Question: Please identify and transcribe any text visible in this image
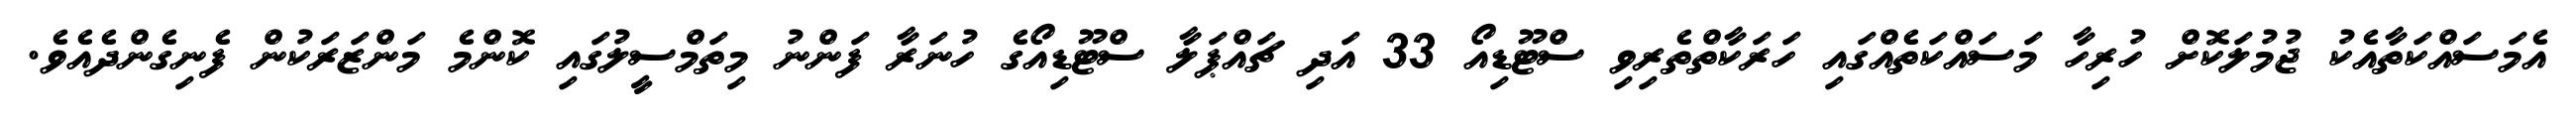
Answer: އެމަސައްކަތާއެކު ޖުމުލަކޮށް ހުރިހާ މަސައްކަތެއްގައި ހަރަކާތްތެރިވި ސްޓޫޑިއޯ 33 އަދި ޗައްޕަލާ ސްޓޫޑިއޯގެ ހުނަރާ ފަންނު މިތަމްސީލުގައި ކޮންމެ މަންޒަރަކުން ފެނިގެންދެއެވެ.